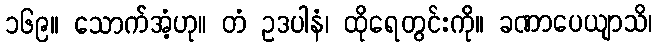
၁၆၉။ သောက်အံ့ဟု။ တံ ဥဒပါနံ၊ ထိုရေတွင်းကို။ ခဏာပေယျာသိ၊